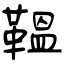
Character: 鞰